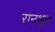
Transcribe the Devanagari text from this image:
रानभूल